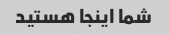
شما اینجا هستید